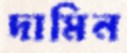
দামিন